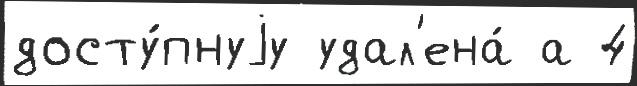
досту́пнуjу удал'ена́ а 4